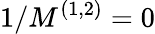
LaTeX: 1/M^{(1,2)}=0